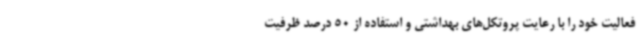
فعالیت خود را با رعایت پروتکل‌های بهداشتی و استفاده از 50 درصد ظرفیت